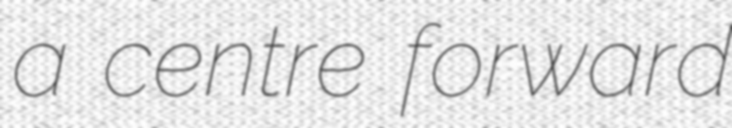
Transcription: a centre forward